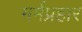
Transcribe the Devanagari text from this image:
मर्मप्रहार